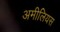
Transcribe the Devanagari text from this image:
अमीलियस